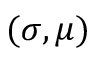
( \sigma , \mu )